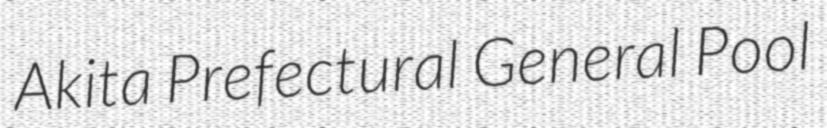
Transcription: Akita Prefectural General Pool